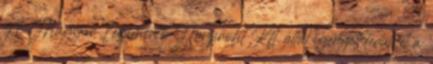
A Magyar Légimentő Nonprofit Kft. által igényelt területet a